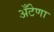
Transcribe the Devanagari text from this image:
अँटेणा